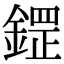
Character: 鎠